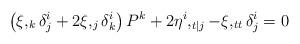
LaTeX: \begin{align*}\left( \xi,_{k}\delta_{j}^{i}+2\xi,_{j}\delta_{k}^{i}\right) P^{k}+2\eta^{i},_{t|j}-\xi,_{tt}\delta_{j}^{i}=0 \end{align*}